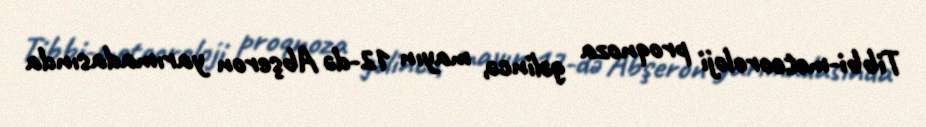
Tibbi-meteoroloji proqnoza gəlincə, mayın 12-də Abşeron yarımadasında